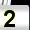
Digit: 2